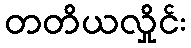
တတိယလှိုင်း